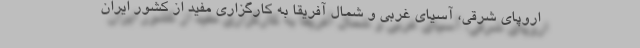
اروپای شرقی، آسیای غربی و شمال آفریقا به کارگزاری مفید از کشور ایران